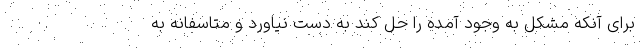
برای آنکه مشکل به وجود آمده را حل کند به دست نیاورد و متاسفانه به